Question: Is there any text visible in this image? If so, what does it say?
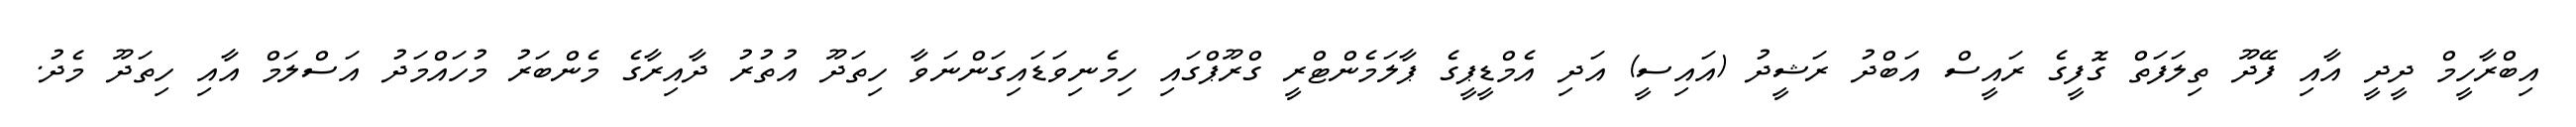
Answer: އިބްރާހީމް ދީދީ އާއި ފޭދޫ ތިލަފަތް ގޮފީގެ ރައީސް އަބްދު ރަޝީދު (އައިސީ) އަދި އެމްޑީޕީގެ ޕާލަމެންޓްރީ ގްރޫޕްގައި ހިމެނިވަޑައިގަންނަވާ ހިތަދޫ އުތުރު ދާއިރާގެ މެންބަރު މުހައްމަދު އަސްލަމް އާއި ހިތަދޫ މެދު.